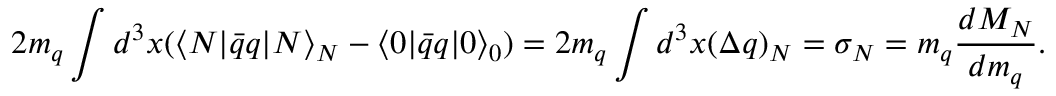
2 m _ { q } \int d ^ { 3 } x ( { \langle N | \bar { q } q | N \rangle } _ { N } - { \langle 0 | \bar { q } q | 0 \rangle } _ { 0 } ) = 2 m _ { q } \int d ^ { 3 } x ( \Delta q ) _ { N } = \sigma _ { N } = m _ { q } { \frac { d { M _ { N } } } { d m _ { q } } } .